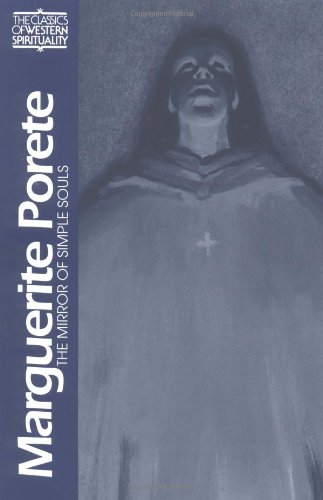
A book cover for Marguerite Porete: The Mirror of Simple Souls (Classics of Western Spirituality); Marguerite Porete; Christian Books & Bibles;